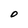
Character: O